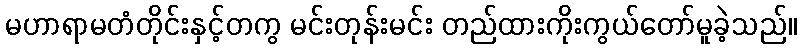
မဟာရာမတံတိုင်းနှင့်တကွ မင်းတုန်းမင်း တည်ထားကိုးကွယ်တော်မူခဲ့သည်။